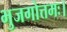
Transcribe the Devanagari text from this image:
भुजगोत्तमः।